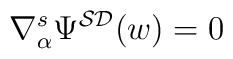
\nabla _{\alpha}^{s}\Psi ^{{\cal SD}}(w)=0